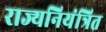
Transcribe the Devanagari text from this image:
राज्यनियंत्रित